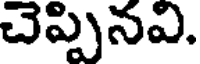
చెప్పినవి.